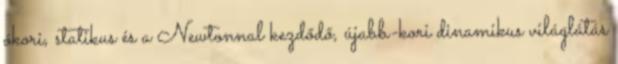
ókori, statikus és a Newtonnal kezdődő, újabb-kori dinamikus világlátás